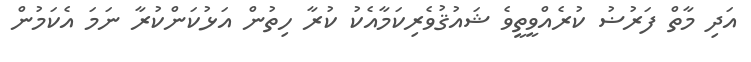
އަދި މާތް ފަރުޟު ކުރެއްވީތީވެ ޝައުޤުވެރިކަމާއެކު ކުރާ ހިތުން އަޅުކަންކުރާ ނަމަ އެކަމުން